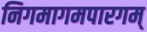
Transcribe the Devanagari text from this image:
निगमागमपारगम्